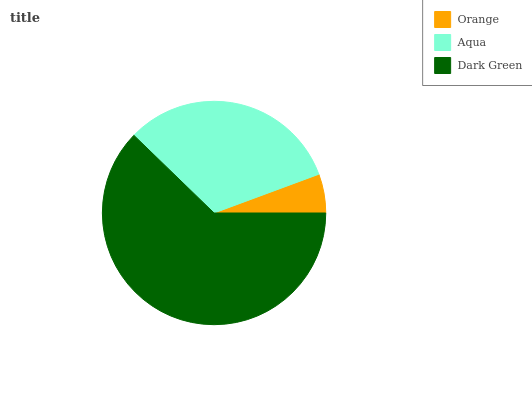
| Orange | Aqua | Dark Green |
 | --- | --- | --- |
 | 5.63% | 32.1% | 62.2% |